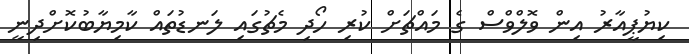
ކިޔުޕީއާރު އިން ވޮލްވްސް ގެ މައްޗަށް ކުރި ހޯދި މެޗުގައި ލަނޑުތައް ކާމިޔާބުކޮށްދިނީ